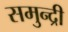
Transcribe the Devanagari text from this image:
समुन्द्री